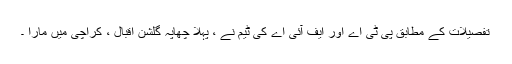
تفصیلات کے مطابق پی ٹی اے اور ایف آئی اے کی ٹیم نے ، پہلا چھاپہ گلشن اقبال ، کراچی میں مارا ۔